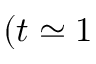
( t \simeq 1